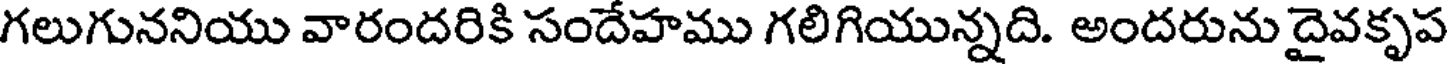
గలుగుననియు వారందరికి సందేహము గలిగియున్నది. అందరును దైవకృప